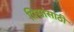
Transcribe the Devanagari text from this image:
पिसांसाठी